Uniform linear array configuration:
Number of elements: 32
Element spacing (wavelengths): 1
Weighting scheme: cosine
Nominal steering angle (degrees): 15
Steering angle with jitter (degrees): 13.716
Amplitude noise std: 0.05
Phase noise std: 0.05

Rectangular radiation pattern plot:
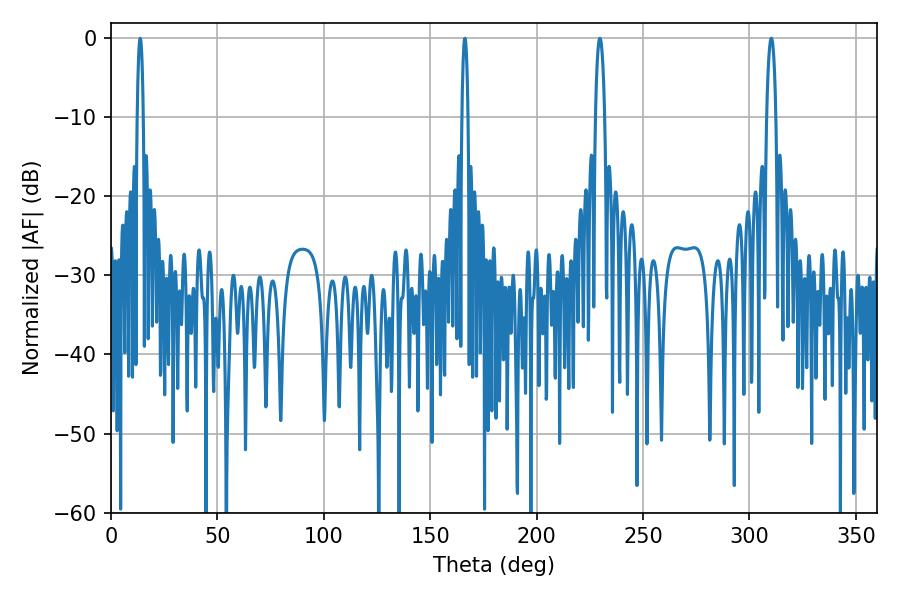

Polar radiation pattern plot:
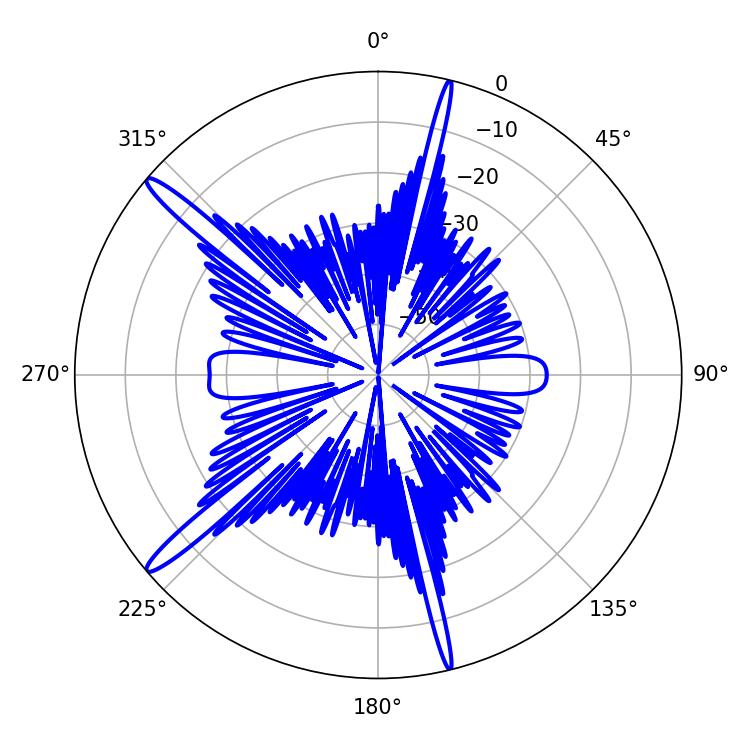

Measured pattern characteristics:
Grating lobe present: TRUE
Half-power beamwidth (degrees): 2.34
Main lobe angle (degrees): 229.68